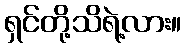
ရှင်တို့သိရဲ့လား။